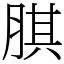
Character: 𦝁